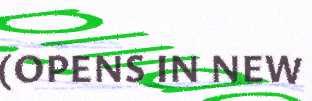
(OPENS IN NEW